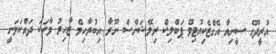
އުރީދޫގެ ސީނިއާ އެގްޒެކިއުޓިވް ޕަބްލިކް ރިލޭޝަންސް ނޫރާ އިބުރާހިމް ޒާހިރު ވާހަކަ ދައްކަވަނީ